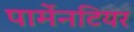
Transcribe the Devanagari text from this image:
पार्मेनटियर